Rangoon Lunatic Asylum 1893-1897 - 1893-1897
Year: 1893
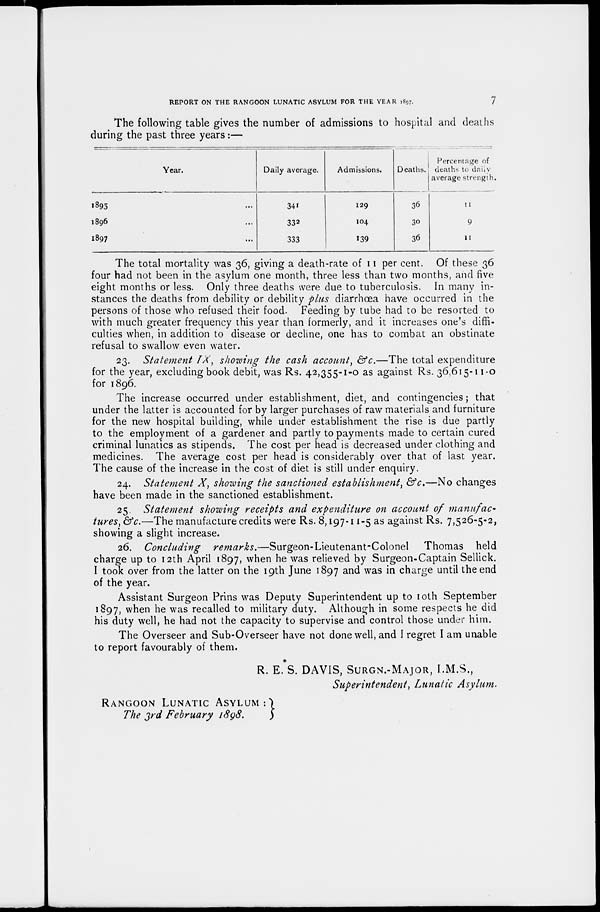
REPORT ON THE RANGOON LUNATIC ASYLUM FOR THE YEAR 1897.
7
The following table gives the number of admissions to hospital and deaths
during the past three years :—
Year.
1895 ...
1896 ...
1897 ...
Daily average.
341
332
333
Admissions.
129
104
139
Deaths.
36
30
36
Percentage of
deaths to daily
average strength.
11
9
11
The total mortality was 36, giving a death-rate of 11 per cent. Of these 36
four had not been in the asylum one month, three less than two months, and five
eight months or less. Only three deaths were due to tuberculosis. In many in-
stances the deaths from debility or debility plus diarrhoea have occurred in the
persons of those who refused their food. Feeding by tube had to be resorted to
with much greater frequency this year than formerly, and it increases one's diffi-
culties when, in addition to disease or decline, one has to combat an obstinate
refusal to swallow even water.
23. Statement IX, showing the cash account, &c.—The total expenditure
for the year, excluding book debit, was Rs. 42,355-1-0 as against Rs. 36,615-11-0
for 1896.
The increase occurred under establishment, diet, and contingencies; that
under the latter is accounted for by larger purchases of raw materials and furniture
for the new hospital building, while under establishment the rise is due partly
to the employment of a gardener and partly to payments made to certain cured
criminal lunatics as stipends. The cost per head is decreased under clothing and
medicines. The average cost per head is considerably over that of last year.
The cause of the increase in the cost of diet is still under enquiry.
24. Statement X, showing the sanctioned establishment, &c.—No changes
have been made in the sanctioned establishment.
25. Statement showing receipts and expenditure on account of manufac-
tures, &c.—The manufacture credits were Rs. 8,197-11-5 as against Rs. 7,526-5-2,
showing a slight increase.
26. Concluding
remarks.—Surgeon-Lieutenant-Colonel
Thomas held
charge up to 12th April 1897, when he was relieved by Surgeon-Captain Sellick.
I took over from the latter on the 19th June 1897 and was in charge until the end
of the year.
Assistant Surgeon Prins was Deputy Superintendent up to 10th September
1897, when he was recalled to military duty. Although in some respects he did
his duty well, he had not the capacity to supervise and control those under him.
The Overseer and Sub-Overseer have not done well, and I regret I am unable
to report favourably of them.
RANGOON LUNATIC ASYLUM :
The 3rd February 1898.
R. E.S. DAVIS, SURGN.-MAJOR, I.M.S.,
Superintendent, Lunatic Asylum.